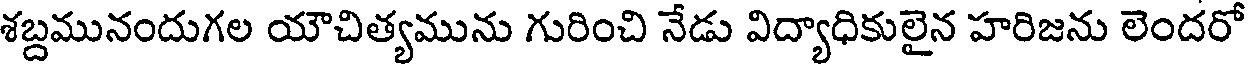
శబ్దమునందుగల యౌచిత్యమును గురించి నేడు విద్యాధికులైన హరిజను లెందరో